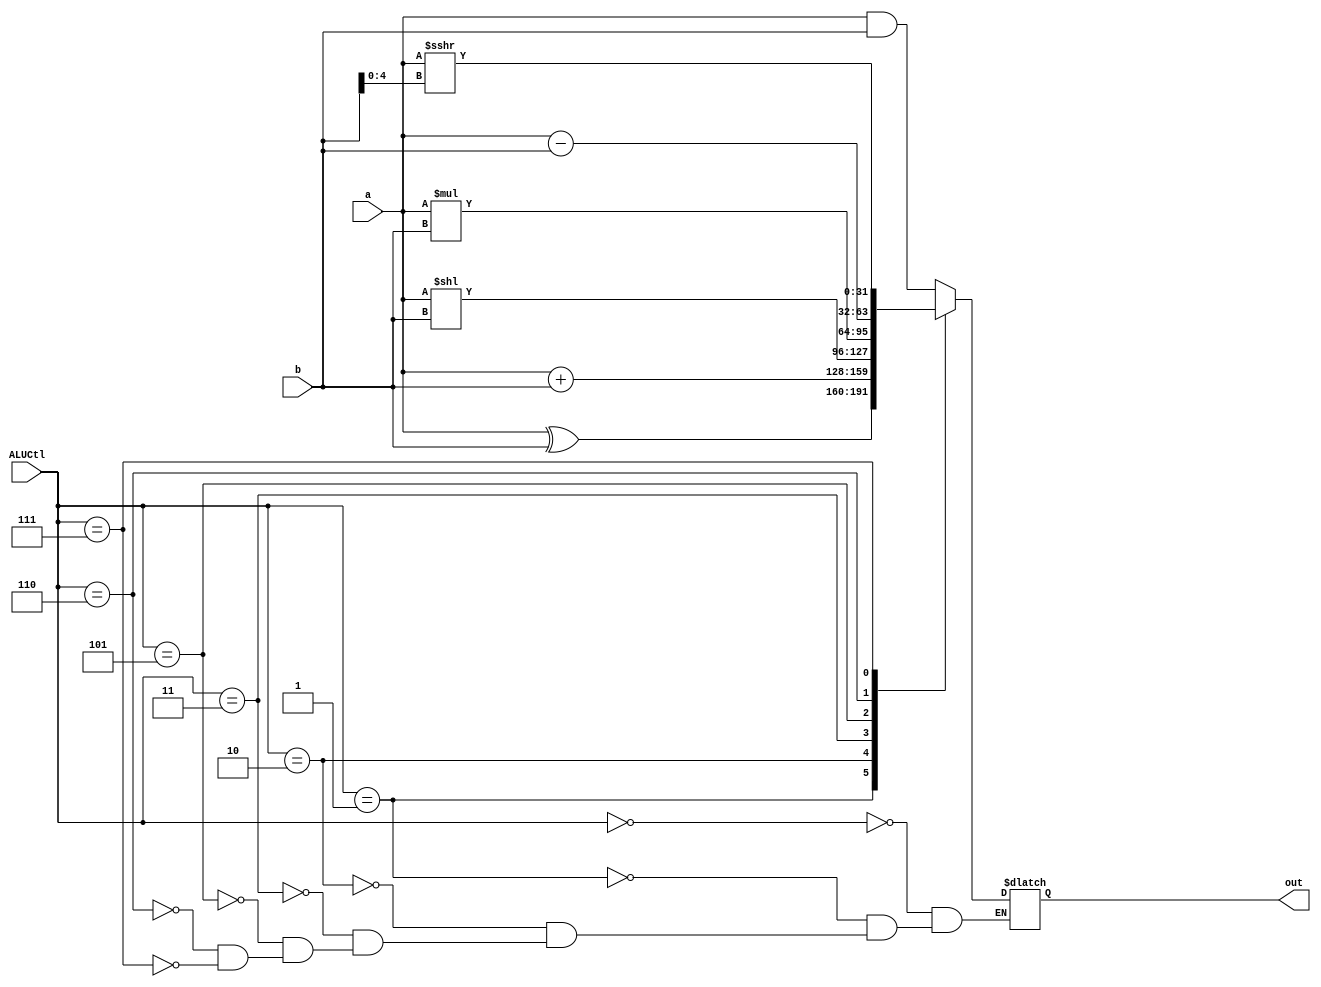
module ALU (ALUCtl, a, b, out);

    input [2:0] ALUCtl;
    input signed [31:0] a;
    input signed [31:0] b;
    output reg [31:0] out;

    initial begin
        out = 0;
    end

    always @(*) begin
        case (ALUCtl)
            // and
            3'b000: begin
                out = a & b;
            end
            // xor
            3'b001: begin
                out = a ^ b;
            end
            // add
            3'b010: begin
                out = a + b;
            end
            // sll
            3'b011: begin
                out = a << b;
            end
            // mul
            3'b101: begin
                out = a * b;
            end
            // sub
            3'b110: begin
                out = a - b;
            end
            // srai
            3'b111: begin
                out = a >>> b[4:0];
            end
        endcase
    end

endmodule